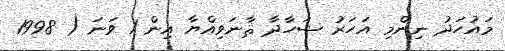
މައުހަދު ނިންމި އަހަރު ޝަހާދާ ޘާނަވިއްޔާ އިން 1 ވަނަ ( 1998